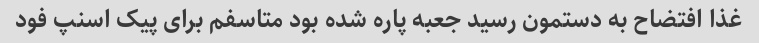
غذا افتضاح به دستمون رسید جعبه پاره شده بود متاسفم برای پیک اسنپ فود